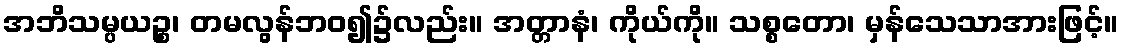
အဘိသမ္ပယဉ္စ၊ တမလွန်ဘဝ၍၌လည်း။ အတ္တာနံ၊ ကိုယ်ကို။ သစ္စတော၊ မှန်သေသာအားဖြင့်။